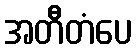
အတီတံပေ